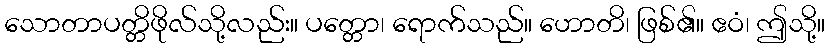
သောတာပတ္တိဖိုလ်သို့လည်း။ ပတ္တော၊ ရောက်သည်။ ဟောတိ၊ ဖြစ်၏။ ဧဝံ၊ ဤသို့။